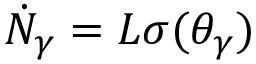
\dot { N } _ { \gamma } = L \sigma ( \theta _ { \gamma } )